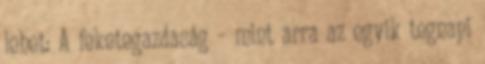
lehet: A feketegazdaság – mint arra az egyik tegnapi